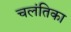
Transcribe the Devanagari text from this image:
चलंतिका